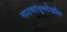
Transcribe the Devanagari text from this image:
नाटकांतूनदेखील